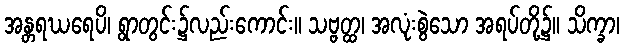
အန္တရဃရေပိ၊ ရွာတွင်း၌လည်းကောင်း။ သဗ္ဗတ္ထ၊ အလုံးစွဲသော အရပ်တို့၌။ သိက္ခာ၊